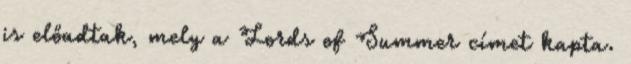
is előadtak, mely a Lords of Summer címet kapta.